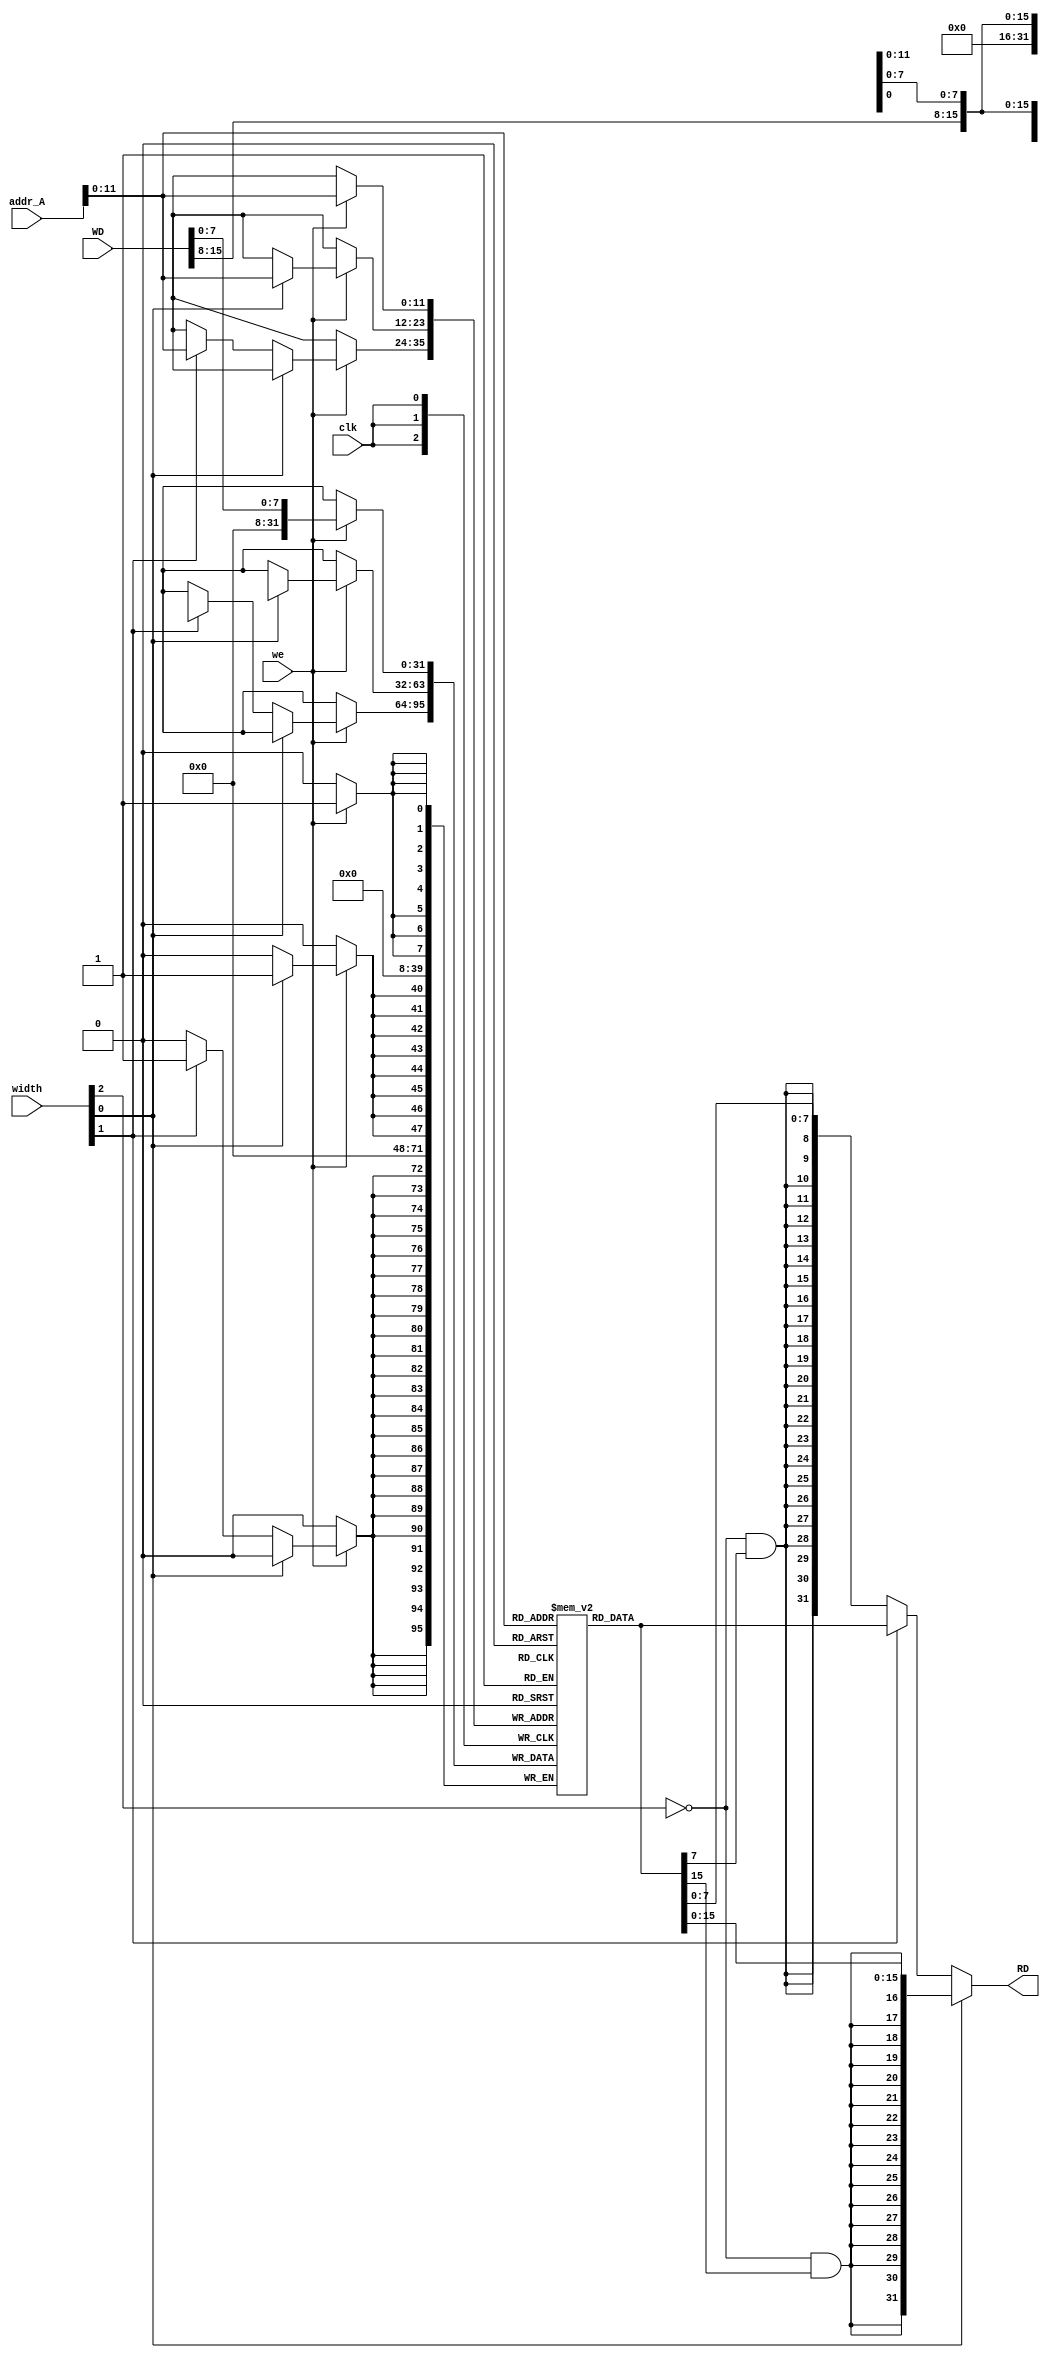
module MemoryData #(parameter N = 12, DW = 32) (
    input clk, 
    input [31:0] /* verilator lint_off UNUSED */ addr_A, 
    input [2:0] width, 
    input we,
    input [31:0] WD,
    output [31:0] RD
);

reg	[(DW-1):0]	mem_buff 	[0:((1<<N)-1)] /*verilator public*/;

wire to_extend = ~width[2:2];

wire [31:0]read_b = { {24{to_extend && mem_buff[addr_A][7:7]}}, mem_buff[addr_A][7:0] };
wire [31:0]read_h = { {16{to_extend && mem_buff[addr_A][15:15]}}, mem_buff[addr_A][15:0] };
wire [31:0]read_w = mem_buff[addr_A];

assign RD = (width[0:0]) ? read_h : ((width[1:1]) ? read_w : read_b); 

always @(posedge clk)
begin
    if (we) begin
        mem_buff[addr_A][7:0] <= WD[7:0];
        if (width[0:0]) begin
            mem_buff[addr_A][15:8] <= WD[15:8];
        end else if (width[1:1]) begin
            mem_buff[addr_A][31:8] <= WD[31:8];
        end
    end
end

endmodule